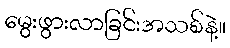
မွေးဖွားလာခြင်းအသစ်နဲ့။